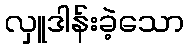
လှူဒါန်းခဲ့သော